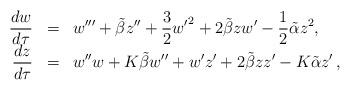
LaTeX: \begin{align*}\begin{array}{rcl}\displaystyle{\frac{dw}{d\tau} }&=&\displaystyle{w''' + \tilde\beta z'' + \frac32{w'}^2 + 2\tilde\beta zw' -\frac12\tilde\alpha z^2 ,}\\\displaystyle{\frac{dz}{d\tau} }&=&\displaystyle{w''w+K\tilde\beta w''+w'z'+2\tilde\beta zz'-K \tilde\alpha z'\,,}\end{array}\end{align*}